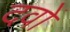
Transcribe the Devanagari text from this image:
दवों